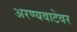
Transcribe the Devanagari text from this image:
अरण्यवाटेवर